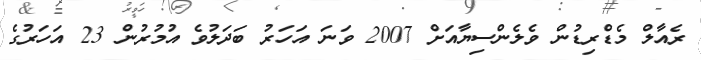
ރެއާލް މެޑްރިޑުން ވެލެންސިޔާއަށް 2007 ވަނަ އަހަރު ބަދަލުވެ އުމުރުން 23 އަހަރުގެ